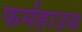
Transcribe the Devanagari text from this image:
फर्महाउस